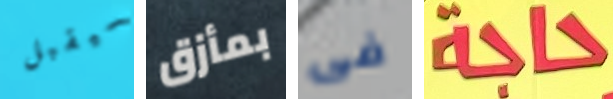
سيقبل بمأزق فى حاجة